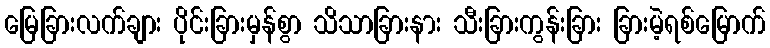
မြေခြားလက်ချား ပိုင်းခြားမှန်စွာ သိသာခြားနား သီးခြားကွန်းခြား ခြားမဲ့ရစ်မြောက်